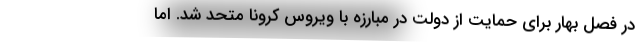
در فصل بهار برای حمایت از دولت در مبارزه با ویروس کرونا متحد شد. اما